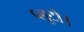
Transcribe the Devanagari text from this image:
प्लूटो।